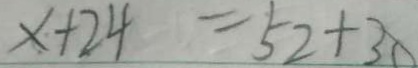
x + 2 4 = 5 2 + 3 0